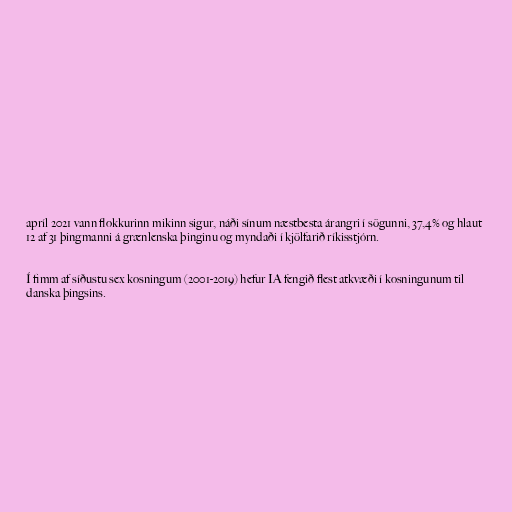
apríl 2021 vann flokkurinn mikinn sigur, náði sínum næstbesta árangri í sögunni, 37,4% og hlaut
12 af 31 þingmanni á grænlenska þinginu og myndaði í kjölfarið ríkisstjórn.

Í fimm af síðustu sex kosningum (2001-2019) hefur IA fengið flest atkvæði í kosningunum til
danska þingsins.